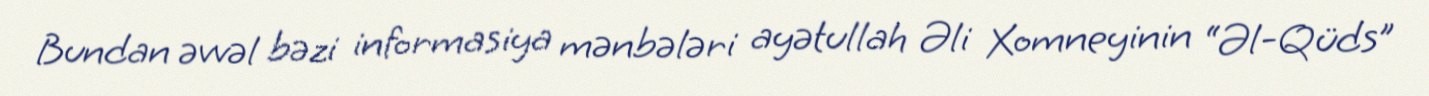
Bundan əvvəl bəzi informasiya mənbələri ayətullah Əli Xomneyinin “Əl-Qüds”